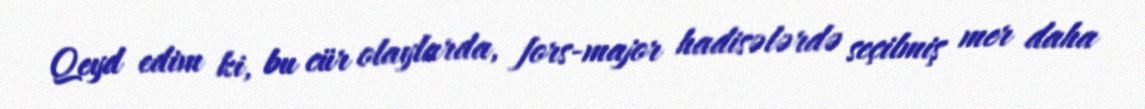
Qeyd edim ki, bu cür olaylarda, fors-major hadisələrdə seçilmiş mer daha